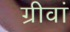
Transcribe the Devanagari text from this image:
ग्रीवां